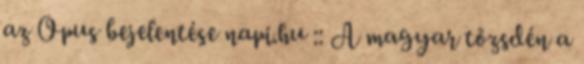
az Opus bejelentése napi.hu :: A magyar tőzsdén a